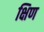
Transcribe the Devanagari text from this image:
क्षिण